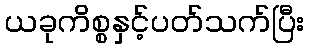
ယခုကိစ္စနှင့်ပတ်သက်ပြီး